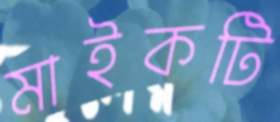
মাইকটি